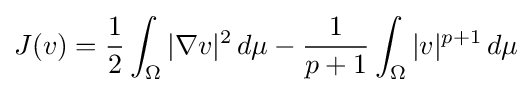
J(v)={\frac {1}{2}}\int _{\Omega }{|\nabla v|^{2}\,d\mu }-{\frac {1}{p+1}}\int _{\Omega }{|v|^{p+1}\,d\mu }